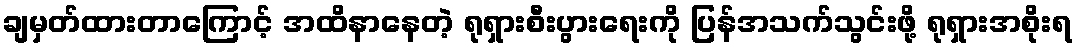
ချမှတ်ထားတာကြောင့် အထိနာနေတဲ့ ရုရှားစီးပွားရေးကို ပြန်အသက်သွင်းဖို့ ရုရှားအစိုးရ